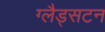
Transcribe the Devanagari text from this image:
ग्लैड्सटन